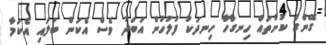
ގޭންގް ކުށްތައް ހިނގާހާ ހިނދަކު ފުލުހުން އަބަދު ވެސް އެކަން ބަލައި އެކަމާ